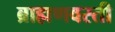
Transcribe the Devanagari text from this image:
ब्राह्मणवस्ती